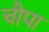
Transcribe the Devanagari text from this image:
चौपा